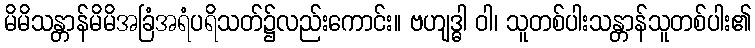
မိမိသန္တာန်မိမိအခြံအရံပရိသတ်၌လည်းကောင်း။ ဗဟျဒ္ဓါ ဝါ၊ သူတစ်ပါးသန္တာန်သူတစ်ပါး၏